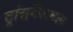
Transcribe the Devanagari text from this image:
ट्रांसनैशनल